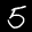
Digit: 5